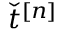
\check { t } ^ { [ n ] }